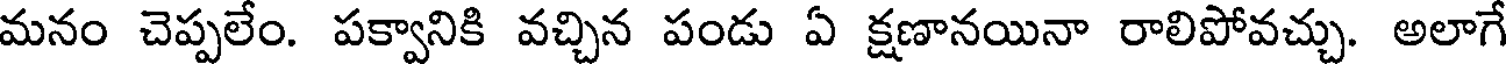
మనం చెప్పలేం. పక్వానికి వచ్చిన పండు ఏ క్షణానయినా రాలిపోవచ్చు. అలాగే